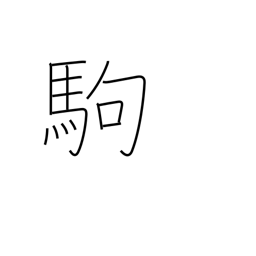
Meaning: pony